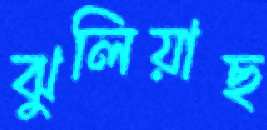
ঝুলিয়াছ